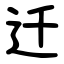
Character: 迁